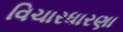
વિચારધારણા